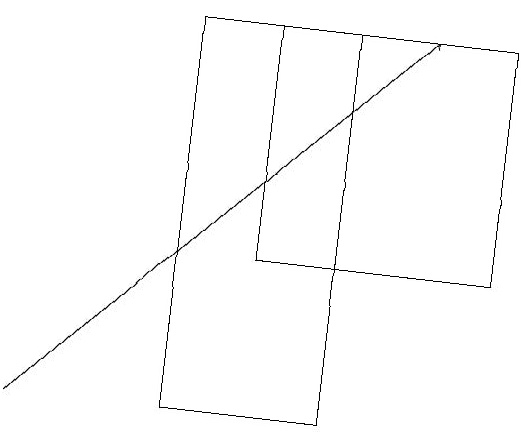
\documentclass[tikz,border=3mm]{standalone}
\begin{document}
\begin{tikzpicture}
\draw[->] (2,13) -- (7,18);
\draw (4,18) rectangle (6,13);
\draw (5,18) rectangle (8,15);
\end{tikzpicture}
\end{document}